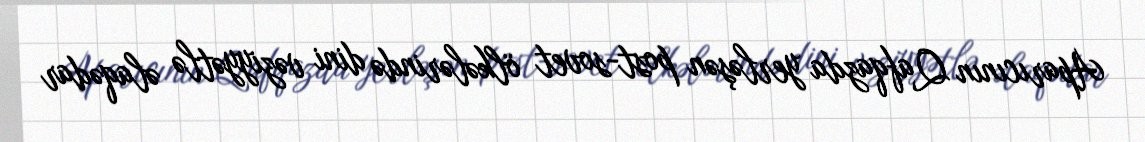
Aparıcının Qafqazda yerləşən post-sovet ölkələrində dini vəziyyətlə əlaqədar